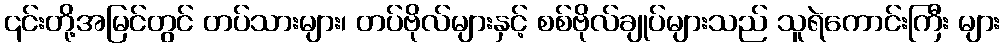
၎င်းတို့အမြင်တွင် တပ်သားများ၊ တပ်ဗိုလ်များနှင့် စစ်ဗိုလ်ချုပ်များသည် သူရဲကောင်းကြီး များ